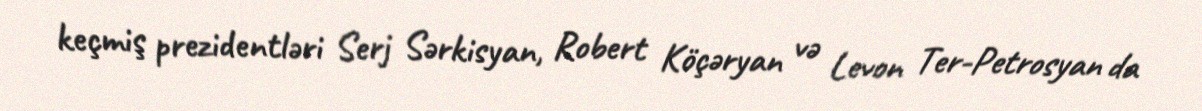
keçmiş prezidentləri Serj Sərkisyan, Robert Köçəryan və Levon Ter-Petrosyan da